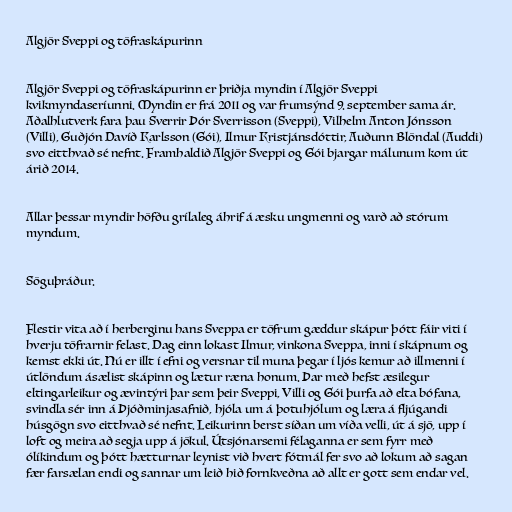
Algjör Sveppi og töfraskápurinn

Algjör Sveppi og töfraskápurinn er þriðja myndin í Algjör Sveppi
kvikmyndaseríunni. Myndin er frá 2011 og var frumsýnd 9. september sama ár.
Aðalhlutverk fara þau Sverrir Þór Sverrisson (Sveppi), Vilhelm Anton Jónsson
(Villi), Guðjón Davíð Karlsson (Gói), Ilmur Kristjánsdóttir, Auðunn Blöndal (Auddi)
svo eitthvað sé nefnt. Framhaldið Algjör Sveppi og Gói bjargar málunum kom út
árið 2014.

Allar þessar myndir höfðu grílaleg áhrif á æsku ungmenni og varð að stórum
myndum.

Söguþráður.

Flestir vita að í herberginu hans Sveppa er töfrum gæddur skápur þótt fáir viti í
hverju töfrarnir felast. Dag einn lokast Ilmur, vinkona Sveppa, inni í skápnum og
kemst ekki út. Nú er illt í efni og versnar til muna þegar í ljós kemur að illmenni í
útlöndum ásælist skápinn og lætur ræna honum. Þar með hefst æsilegur
eltingarleikur og ævintýri þar sem þeir Sveppi, Villi og Gói þurfa að elta bófana,
svindla sér inn á Þjóðminjasafnið, hjóla um á þotuhjólum og læra á fljúgandi
húsgögn svo eitthvað sé nefnt. Leikurinn berst síðan um víða velli, út á sjö, upp í
loft og meira að segja upp á jökul. Útsjónarsemi félaganna er sem fyrr með
ólíkindum og þótt hætturnar leynist við hvert fótmál fer svo að lokum að sagan
fær farsælan endi og sannar um leið hið fornkveðna að allt er gott sem endar vel.